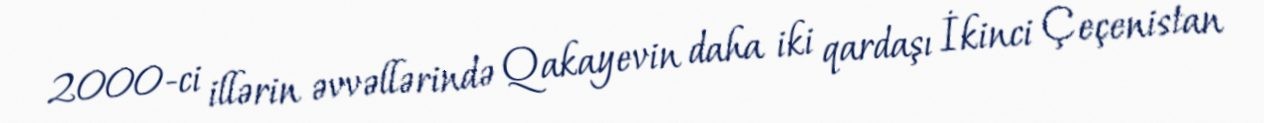
2000-ci illərin əvvəllərində Qakayevin daha iki qardaşı İkinci Çeçenistan